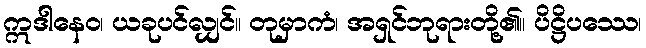
ဣဒါနေဝ၊ ယခုပင်လျှင်။ တုမှာကံ၊ အရှင်ဘုရားတို့၏။ ပိဋ္ဌိပဿေ၊